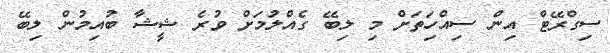
ސިގްރޭޓް އިން ސިއްހިަތަށް މި ލިބޭ ގެއްލުމަށް ވުރެ ޝީޝާ ބުއިމުން ލިބޭ